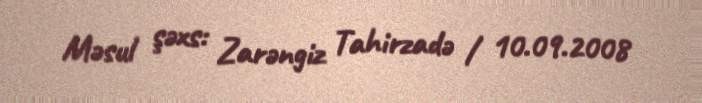
Məsul şəxs: Zarəngiz Tahirzadə / 10.09.2008